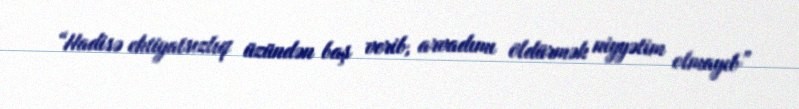
“Hadisə ehtiyatsızlıq üzündən baş verib, arvadımı öldürmək niyyətim olmayıb”